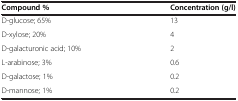
<table><thead><tr><td><b>Compound %</b></td><td><b>Concentration (g/l)</b></td></tr></thead><tbody><tr><td>D-glucose; 65%</td><td>13</td></tr><tr><td>D-xylose; 20%</td><td>4</td></tr><tr><td>D-galacturonic acid; 10%</td><td>2</td></tr><tr><td>L-arabinose; 3%</td><td>0.6</td></tr><tr><td>D-galactose; 1%</td><td>0.2</td></tr><tr><td>D-mannose; 1%</td><td>0.2</td></tr></tbody></table>